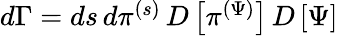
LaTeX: \begin{array}{r}{d\Gamma=ds\, d\pi^{(s)}\, D\left[\pi^{(\Psi)}\right]\, D\left[\Psi\right]}\end{array}